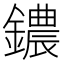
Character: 𫓒